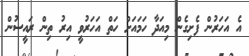
އެ އަހަރުން ފެށިގެން މިއަދާ ހަމައަށް ހަތް އަހަރުވީ އިރު ތިން ރައީސުން